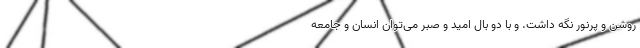
روشن و پرنور نگه داشت. و با دو بال امید و صبر می‌توان انسان و جامعه